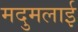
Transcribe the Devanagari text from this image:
मदुमलाई